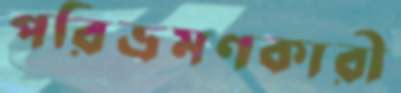
পরিভ্রমণকারী